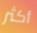
أكثر